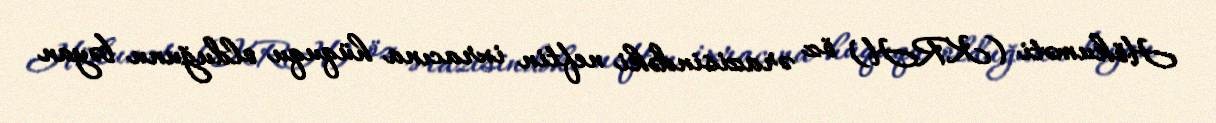
Hökuməti (KRH) öz ərazisindəki neftin ixracına hüququ olduğunu bəyan